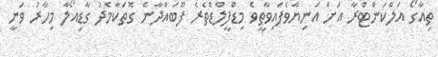
ތިއާގޯ އަލްކަންޓްރާ އަށް އަނިޔާވެފައިވާތީވެ މިޑްފީލްޑްތެރެ ފޫބައްދާނެ ގޮތަކާމެދު ގާޑިއޯލާ މިހާރު ވަނީ